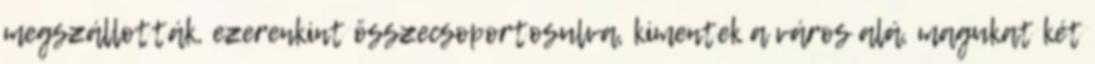
megszállották, ezerenkint összecsoportosulva, kimentek a város alá, magukat két